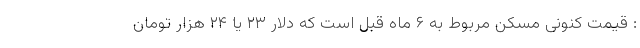
: قیمت کنونی مسکن مربوط به ۶ ماه قبل است که دلار ۲۳ یا ۲۴ هزار تومان